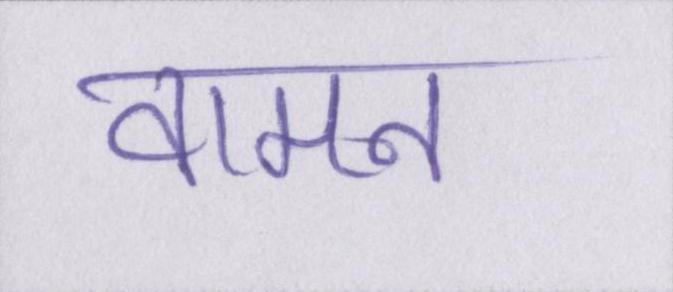
वामन